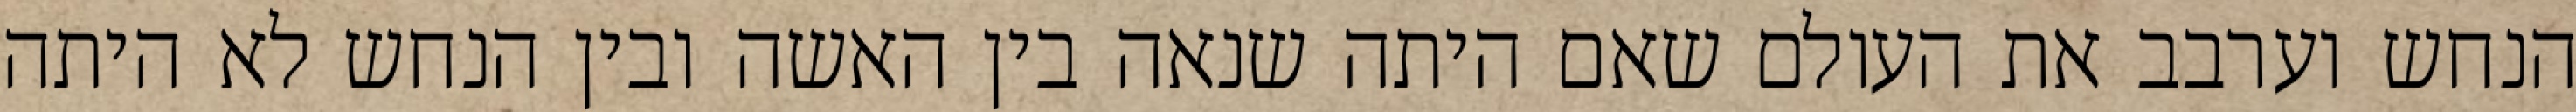
הנחש וערבב את העולם שאם היתה שנאה בין האשה ובין הנחש לא היתה